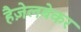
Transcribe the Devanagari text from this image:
हैज़ेलबेकर